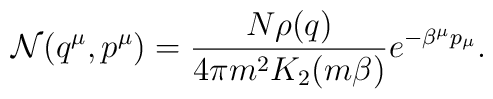
{\cal N}(q^{\mu},p^{\mu})={ {N\rho (q)}\over {4\pi m^2K_2(m\beta )} }e^{-\beta^{\mu}p_{\mu}}.